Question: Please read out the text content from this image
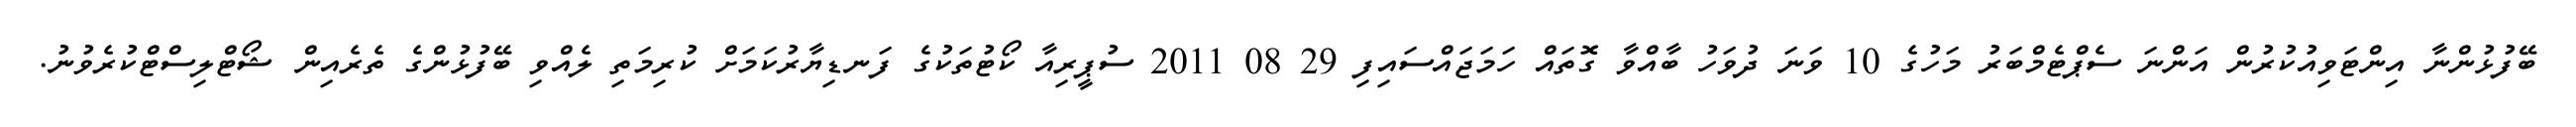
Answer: ބޭފުޅުންނާ އިންޓަވިއުކުރުން އަންނަ ސެޕްޓެމްބަރު މަހުގެ 10 ވަނަ ދުވަހު ބާއްވާ ގޮތައް ހަމަޖައްސައިފި 29 08 2011 ސުޕީރިއާ ކޯޓުތަކުގެ ފަނޑިޔާރުކަމަށް ކުރިމަތި ލެއްވި ބޭފުޅުންގެ ތެރެއިން ޝޯޓްލިސްޓްކުރެވުނު.